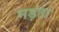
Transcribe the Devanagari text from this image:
मड़ता